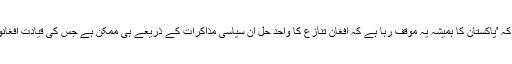
ڈاکٹر محمد فیصل کا کہنا تھا کہ 'پاکستان کا ہمیشہ یہ موقف رہا ہے کہ افغان تنازع کا واحد حل ان سیاسی مذاکرات کے ذریعے ہی ممکن ہے جس کی قیادت افغانوں کی جانب سے کی گئی ہو'۔